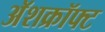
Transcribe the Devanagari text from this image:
अॅशक्रॉफ्ट